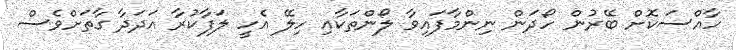
ހާއްސަކޮށް ބޭރުން ހޯދަން ނިންމާފައިވާ ލޯންތަކާއި ހިލޭ އެހީ ލަފާކުރާ އަދަދާ ގާތަށްވެސް